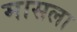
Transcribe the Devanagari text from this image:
मासला